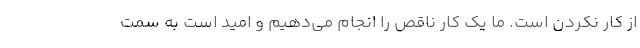
از کار نکردن است. ما یک کار ناقص را انجام می‌دهیم و امید است به سمت